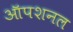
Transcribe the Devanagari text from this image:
ऑपशनल